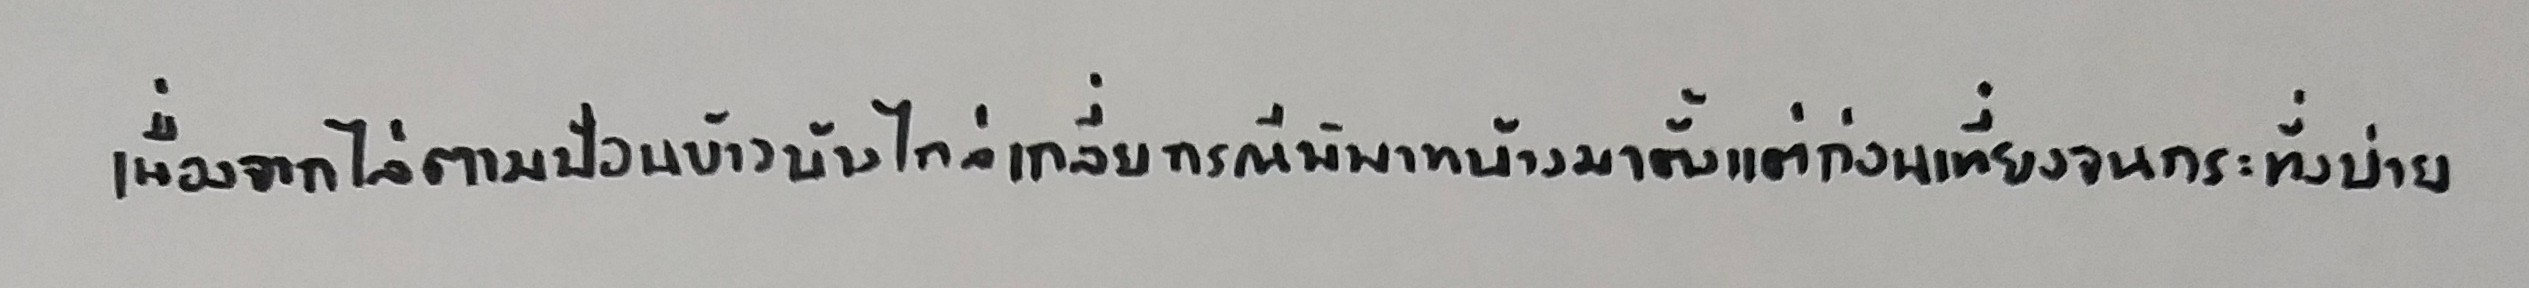
เนื่องจากไล่ตามป้อนข้าวบ้างไกล่เกลี่ยกรณีพิพาทบ้างมาตั้งแต่ก่อนเที่ยงจนกระทั่งบ่าย